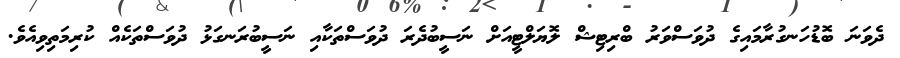
ދެވަނަ ބޮޑުހަނގުރާމައިގެ ދުވަސްވަރު ބްރިޓިޝް ލޮޔަލްޓީއަށް ނަސީބުދެރަ ދުވަސްތަކާއި ނަސީބުރަނގަޅު ދުވަސްތަކެއް ކުރިމަތިވިއެވެ.